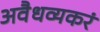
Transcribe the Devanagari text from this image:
अवैधव्यकरं